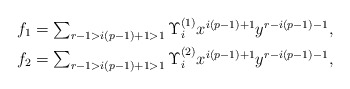
\begin{align*}f_1 & \textstyle = \sum_{r - 1 > i(p-1) + 1 > 1} \Upsilon_i^{(1)} x^{i(p-1)+1}y^{r-i(p-1)-1},\\f_2 & \textstyle = \sum_{r - 1 > i(p-1) + 1 > 1} \Upsilon_i^{(2)} x^{i(p-1)+1}y^{r-i(p-1)-1},\end{align*}